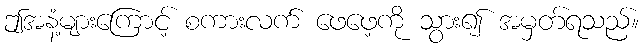
ဤအနံ့များကြောင့် စကားလက် ဖေဖေ့ကို သွား၍ အမှတ်ရသည်။